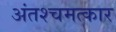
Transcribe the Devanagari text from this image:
अंतश्चमत्कार